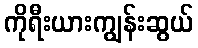
ကိုရီးယားကျွန်းဆွယ်